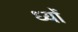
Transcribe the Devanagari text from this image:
ध्यों